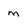
Character: m